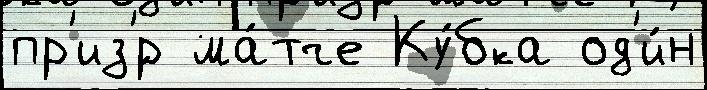
пр'из'́р ма́тче Ку́бка од'и́н